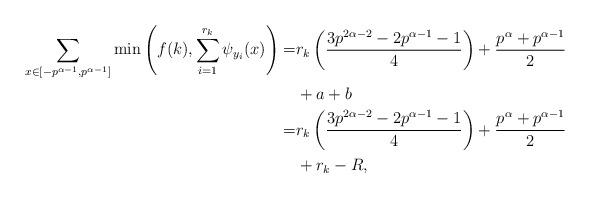
LaTeX: \begin{align*}\sum_{x \in [-p^{\alpha-1}, p^{\alpha-1}]}\min\left(f(k), \sum_{i=1}^{r_k} \psi_{y_i}(x) \right) =&r_k \left( \frac{3p^{2\alpha-2}-2p^{\alpha-1}-1}{4}\right) + \frac{p^{\alpha}+p^{\alpha-1}}{2} \\&+ a+b \\=& r_k \left( \frac{3p^{2\alpha-2}-2p^{\alpha-1}-1}{4}\right) + \frac{p^{\alpha}+p^{\alpha-1}}{2} \\& + r_k - R,\end{align*}